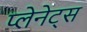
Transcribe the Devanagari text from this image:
प्लेनेट्स